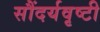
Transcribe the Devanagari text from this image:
सौंदर्यवृष्टी